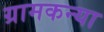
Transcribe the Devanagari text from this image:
ग्रामकन्या